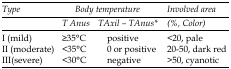
<table><thead><tr><td rowspan="2"><b>Type</b></td><td colspan="2"><b>Body temperature</b></td><td><b>Involved area</b></td></tr><tr><td><b>T <sub>Anus</sub></b></td><td><b>T<sub>Axil</sub> – T<sub>Anus</sub>*</b></td><td><b>(%, Color)</b></td></tr></thead><tbody><tr><td>I (mild)</td><td>≥35°C</td><td>positive</td><td>&lt;20, pale</td></tr><tr><td>II (moderate)</td><td>&lt;35°C</td><td>0 or positive</td><td>20-50, dark red</td></tr><tr><td>III(severe)</td><td>&lt;30°C</td><td>negative</td><td>&gt;50, cyanotic </td></tr></tbody></table>